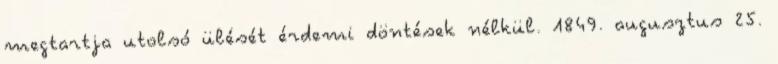
megtartja utolsó ülését érdemi döntések nélkül. 1849. augusztus 25.